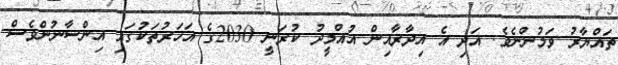
ތައްޔާރު ވަމުންނެވެ. އަދި އެ އިދާރާއިން އުއްމީދު ކުރަނީ 2030ގެ އަހަރުތަކުގައި އިންސާނުންވެސް